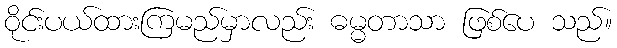
ဝိုင်းပယ်ထားကြမည်မှာလည်း ဓမ္မတာသာ ဖြစ်ပေ သည်။